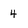
Character: 4